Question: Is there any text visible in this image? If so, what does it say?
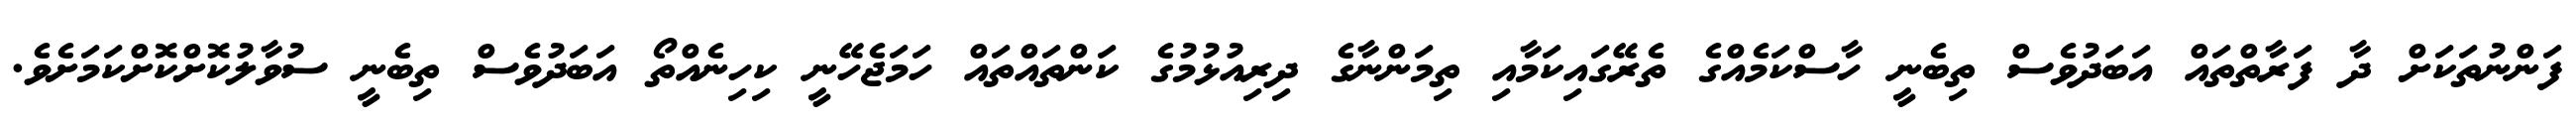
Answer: ފަންނުތަކަށް ދާ ފަރާތްތައް އަބަދުވެސް ތިބެނީ ހާސްކަމެއްގެ ތެރޭގައިކަމާއި ތިމަންނާގެ ދިރިއުޅުމުގެ ކަންތައްތައް ހަމަޖެހޭނީ ކިހިނެއްތޯ އަބަދުވެސް ތިބެނީ ސުވާލުކޮށްކޮށްކަމަށެވެ.